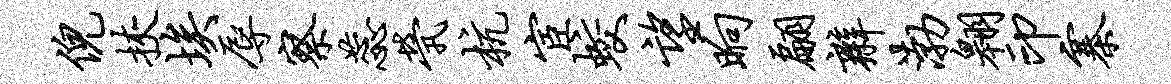
倪挟埃辱察蕊茕杭宦蛟望晌翩辫渤翱印寨